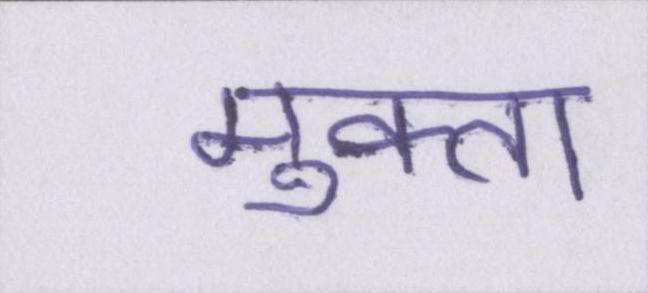
मुक्ता